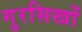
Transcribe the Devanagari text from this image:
गुरसिखों